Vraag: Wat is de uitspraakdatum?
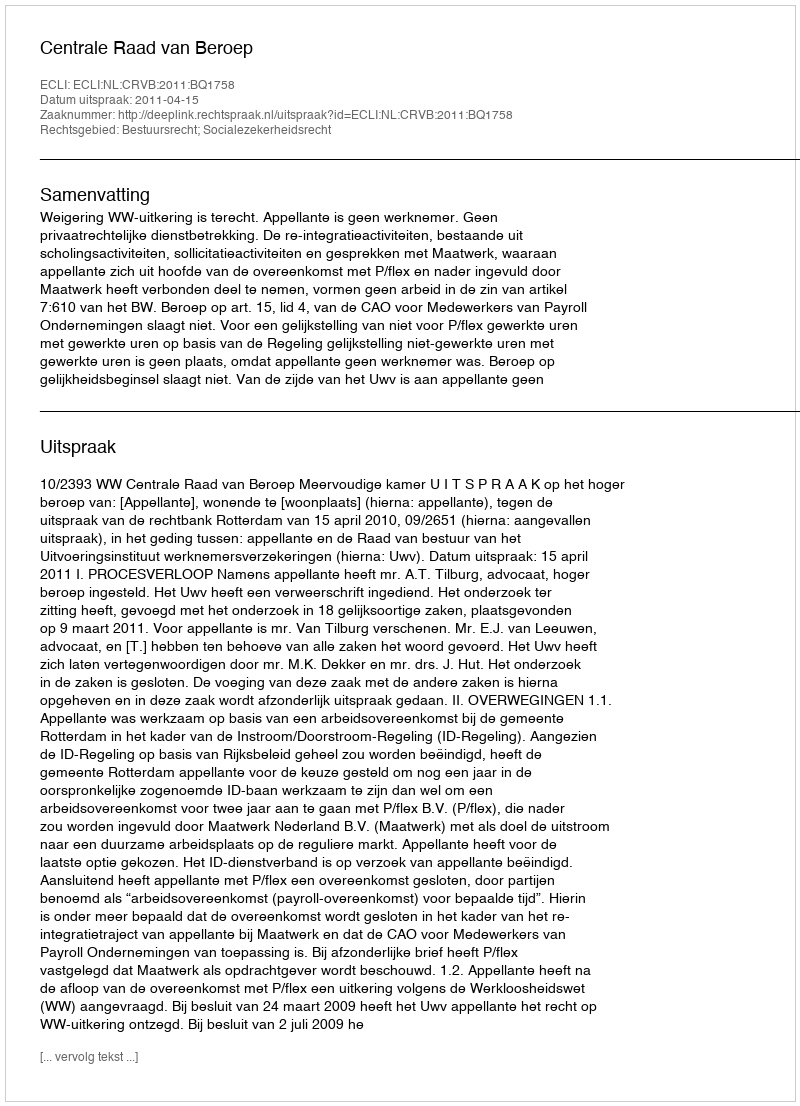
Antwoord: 2011-04-15